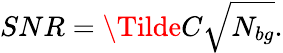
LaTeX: SNR=\Tilde{C}\sqrt{N_{bg}}.